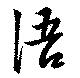
語